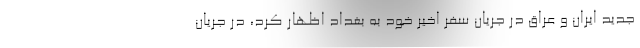
جدید ایران و عراق در جریان سفر اخیر خود به بغداد اظهار کرد، در جریان